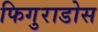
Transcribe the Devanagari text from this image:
फिगुराडोस